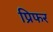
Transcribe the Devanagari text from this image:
प्रिफर